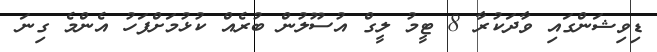
ޑިވިޝަންގައި ވާދަކުރާ 8 ޓީމު ލީގް އުސޫލުން ބުރެއް ކުޅުމަށްފަހު އެންމެ ގިނަ